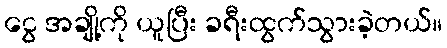
ငွေ အချို့ကို ယူပြီး ခရီးထွက်သွားခဲ့တယ်။